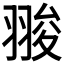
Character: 𦑁